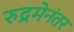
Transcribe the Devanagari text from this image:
रुद्रमेनंतर